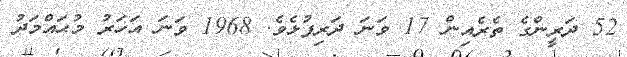
52 ދަރީންގެ ތެރެއިން 17 ވަނަ ދަރިފުޅެވެ. 1968 ވަނަ އަހަރު މުޙައްމަދު